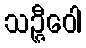
သဉ္ဇီဝေါ